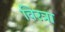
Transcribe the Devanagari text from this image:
विरत्रा